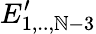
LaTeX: E_{1,..,\mathbb{N}-3}^{\prime}